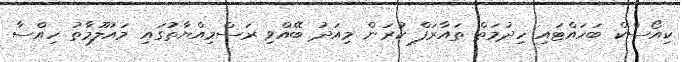
ކިއޯސްކް ބަހައްޓައި ހިދުމަތް ތައާރަފް ކުރަން މިއަދު ބޭއްވި ރަސްމިއްޔާތުގައި މައުލޫމާތު ހިއްސާ